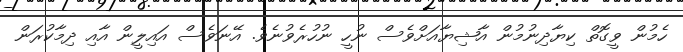
ހެމުން ވީގޮތް ކިޔާދިނުމުން އާޝިޔާއަށްވެސް ނުހީ ނުހުރެވުނެވެ. އޭނަވެސް އައިލީން އާއި ދިމާކުރަން